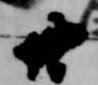
廿